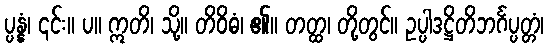
ပ္ပန္နံ၊ ၎င်း။ ပ။ ဣတိ၊ သို့။ တိဝိဓံ၊ ၏။ တတ္ထ၊ တို့တွင်။ ဥပ္ပါဒဋ္ဌိတိဘင်္ဂပ္ပတ္တံ၊